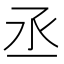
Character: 丞